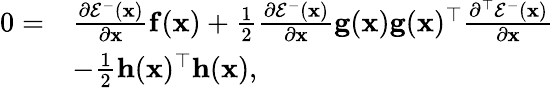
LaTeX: \begin{array}{rl}{0=}&{\frac{\partial\mathcal{E}^{-}(\mathbf{x})}{\partial\mathbf{x}}\mathbf{f}(\mathbf{x})+\frac{1}{2}\frac{\partial\mathcal{E}^{-}(\mathbf{x})}{\partial\mathbf{x}}\mathbf{g}(\mathbf{x})\mathbf{g}(\mathbf{x})^{\top}\frac{\partial^{\top}\mathcal{E}^{-}(\mathbf{x})}{\partial\mathbf{x}}}\\ &{-\frac{1}{2}\mathbf{h}(\mathbf{x})^{\top}\mathbf{h}(\mathbf{x}),}\end{array}